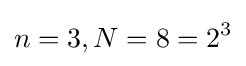
n=3,N=8=2^{3}